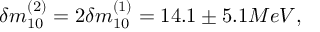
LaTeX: \delta m _ { 1 0 } ^ { ( 2 ) } = 2 \delta m _ { 1 0 } ^ { ( 1 ) } = 1 4 . 1 \pm 5 . 1 M e V ,